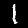
Digit: 1